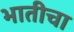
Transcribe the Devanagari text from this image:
भातीचा